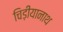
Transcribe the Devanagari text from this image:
चिड़ीयानाथ